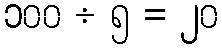
၁၀၀ ÷ ၅ = ၂၀